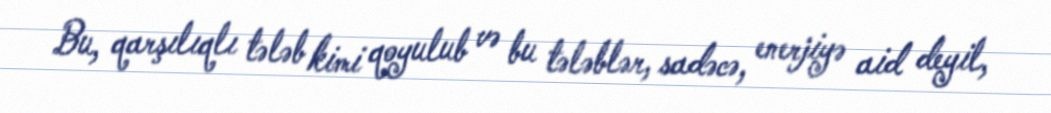
Bu, qarşılıqlı tələb kimi qoyulub və bu tələblər, sadəcə, enerjiyə aid deyil,